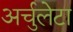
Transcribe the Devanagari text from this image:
अर्चुलेटा